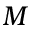
M